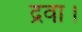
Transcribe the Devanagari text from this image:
द्रवा।